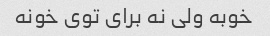
خوبه ولی نه برای توی خونه